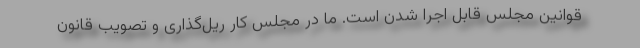
قوانین مجلس قابل اجرا شدن است. ما در مجلس کار ریل‌گذاری و تصویب قانون